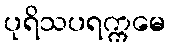
ပုရိသပရက္ကမေ